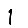
Digit: 1